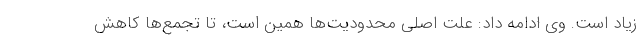
زیاد است. وی ادامه داد: علت اصلی محدودیت‌ها همین است، تا تجمع‌ها کاهش